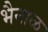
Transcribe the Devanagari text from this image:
भैनाळ